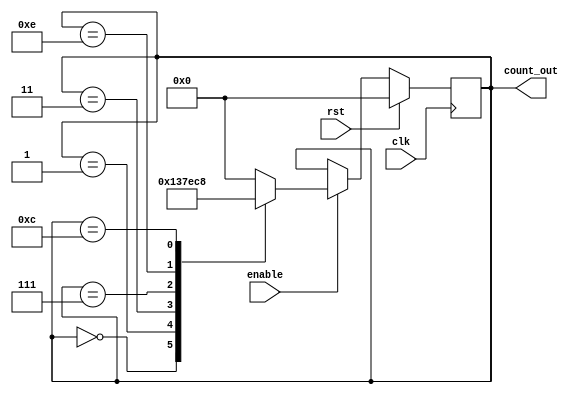
module modified_johnson_counter (
    input wire clk,              // Clock input
    input wire rst,              // Synchronous reset
    input wire enable,           // Counter enable
    output reg [3:0] count_out   // 4-bit output
);

// State transition for a 4-bit Modified Johnson Counter
always @(posedge clk) begin
    if (rst) begin
        count_out <= 4'b0000;     // Reset state to 0000
    end else if (enable) begin
        // The Modified Johnson Counter logic
        case (count_out)
            4'b0000: count_out <= 4'b0001;
            4'b0001: count_out <= 4'b0011;
            4'b0011: count_out <= 4'b0111;
            4'b0111: count_out <= 4'b1110;
            4'b1110: count_out <= 4'b1100;
            4'b1100: count_out <= 4'b1000;
            4'b1000: count_out <= 4'b0000; // Loop back to the initial state
            default: count_out <= 4'b0000; // Default to reset state
        endcase
    end
end

endmodule